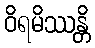
ဝိရမိဿန္တိ